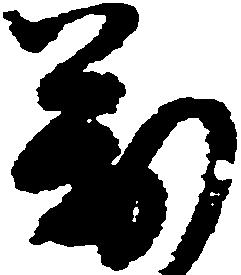
万